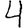
Digit: 4